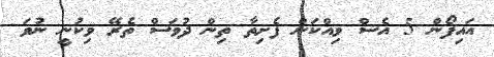
އައިފޯން 5 އެސް ވިއްކަން ފެށިތާ ތިން ދުވަސް ތެރޭ ވިކުނީ ނުވަ